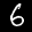
Label: 6